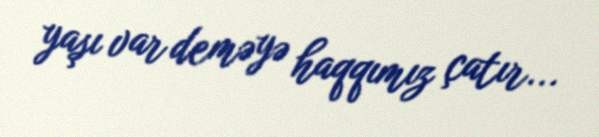
yaşı var deməyə haqqımız çatır...